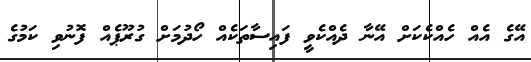
އޭގެ އެއް ހެއްކެކަށް އޭނާ ދެއްކެވީ ފައިސާތަކެއް ހޯދުމަށް ގުރޫޕެއް ފޮނުވި ކަމުގެ